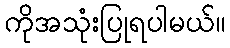
ကိုအသုံးပြုရပါမယ်။